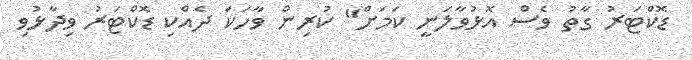
ޑޮކްޓަރު ގާތު ވެސް އޮޅުވާލަނީ ކަމަށް" ކުރިން ވާހަކަ ދެއްކި ޑޮކްޓަރު ވިދާޅުވި